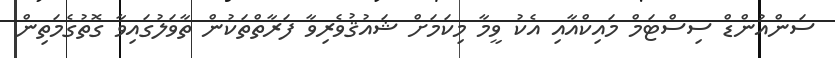
ސަންއުންޑް ސިސްޓަމް މައިކްއާއި އެކު ވީމާ މިކަމަށް ޝައުޤުވެރިވާ ފަރާތްތަކުން ތާވަލުގައިވާ ގޮތުގެމަތިން